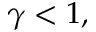
\gamma < 1 ,